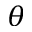
\theta